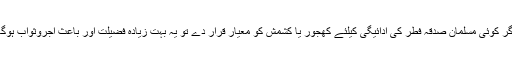
اگر کوئی مسلمان صدقہ فطر کی ادائیگی کیلئے کھجور یا کشمش کو معیار قرار دے تو یہ بہت زیادہ فضیلت اور باعث اجروثواب ہوگا۔